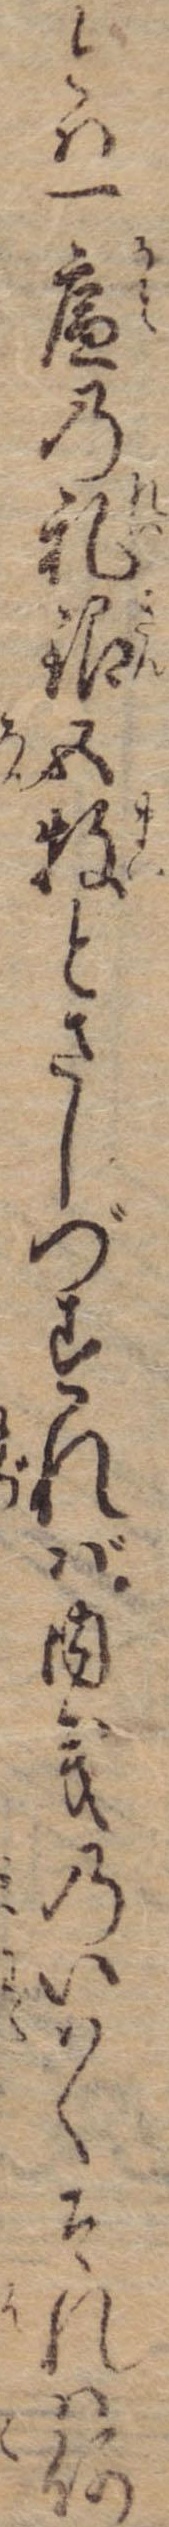
とは一廉の礼銀五牧とさしづすれば内義のいはくそれは何